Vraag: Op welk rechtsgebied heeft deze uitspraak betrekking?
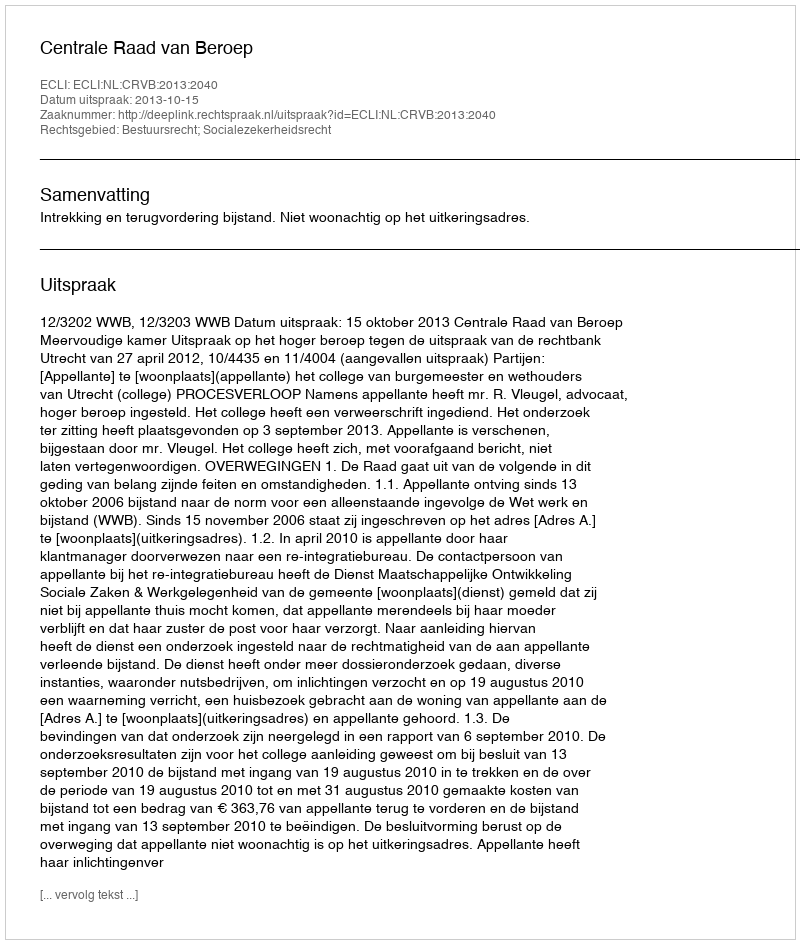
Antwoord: Bestuursrecht; Socialezekerheidsrecht